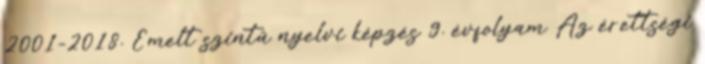
2001-2018. Emelt szintű nyelvi képzés 9. évfolyam Az érettségi